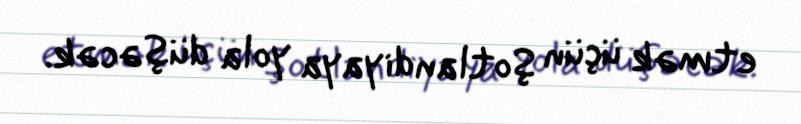
etmək üçün Şotlandiyaya yola düşəcək.